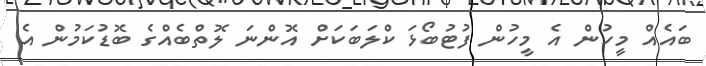
ބައެއް މީހުން އެ މީހުން ފުޓުބޯޅަ ކްލަބަކަށް އޮންނަ ލޮތްބެއްގެ ބޮޑުކަމުން އެ